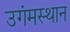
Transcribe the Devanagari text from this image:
उगंमस्थान